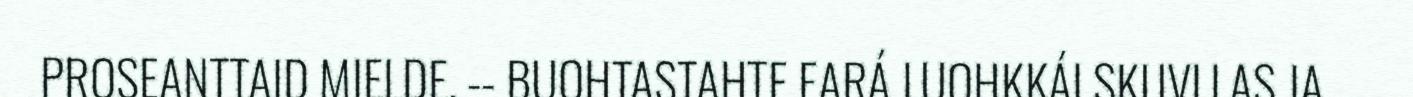
PROSEANTTAID MIELDE. ‐‐ BUOHTASTAHTE EARÁ LUOHKKÁI SKUVLLAS JA